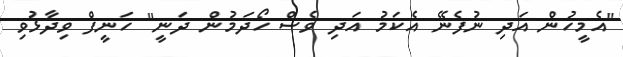
"އެމީހުން އަދި ނުފެނޭ އެކަމު އަދި ވެސް ހޯދަމުން ދަނީ" ހަނީފް ވިދާޅުވި